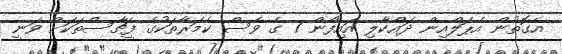
އެގޮތުން އެޕަލްއިން ދައްކާލި އައިފޯން 7 ގެ ވެސް ކެމަރާތަކުގެ ފީޗާސްތަކަށް ވަނީ